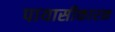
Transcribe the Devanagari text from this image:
पायासीकारक